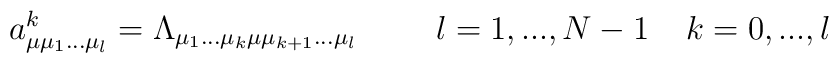
a^{k}_{\mu \mu_{1}...\mu_{l}}=\Lambda_{\mu_{1}...\mu_{k} \mu \mu_{k+1}... \mu_{l}}\hspace{1cm} l=1,...,N-1 \;\;\;\; k=0,...,l